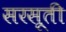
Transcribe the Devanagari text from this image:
सरसूती